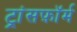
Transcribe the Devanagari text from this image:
ट्रांसफ़ॉर्म